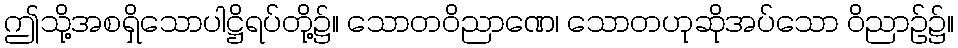
ဤသို့အစရှိသောပါဋ္ဌိရပ်တို့၌။ သောတဝိညာဏေ၊ သောတဟုဆိုအပ်သော ဝိညာဉ်၌။